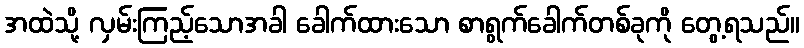
အထဲသို့ လှမ်းကြည့်သောအခါ ခေါက်ထားသော စာရွက်ခေါက်တစ်ခုကို တွေ့ရသည်။